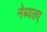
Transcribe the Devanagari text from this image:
नेब्यलए